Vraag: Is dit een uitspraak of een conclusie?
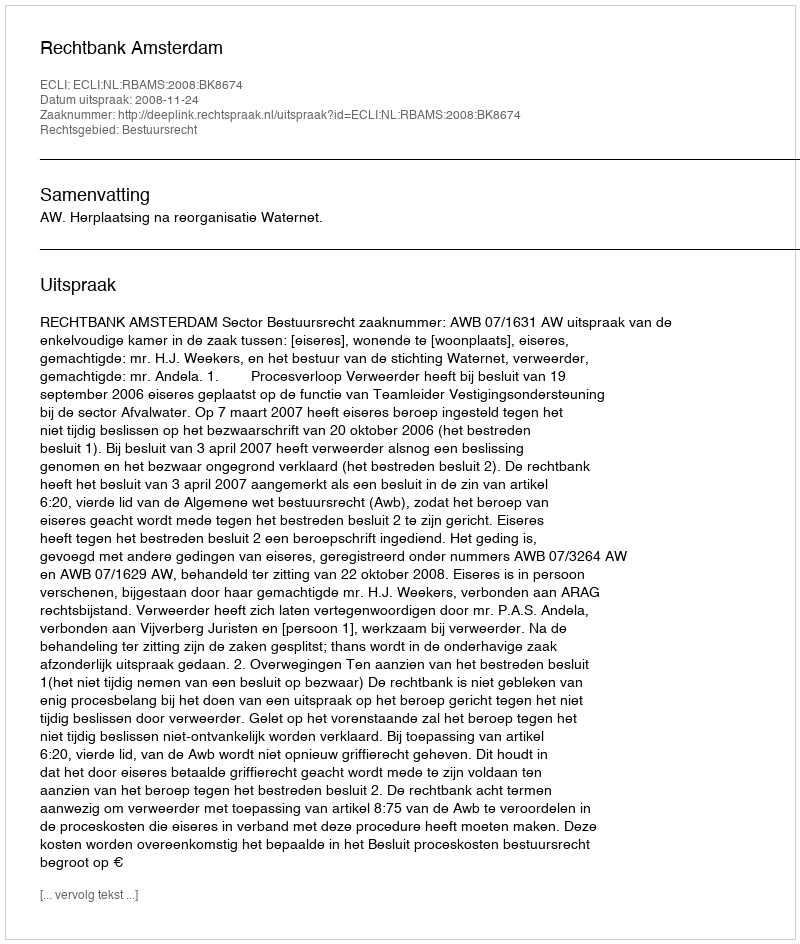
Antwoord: Uitspraak